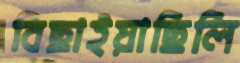
বিছাইয়াছিলি